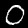
Digit: 0